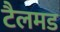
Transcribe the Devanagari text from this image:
टैलमड